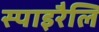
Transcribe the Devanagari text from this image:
स्पाइरैलि